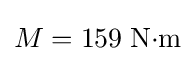
M=159\;{\text{N}}{\cdot }{\text{m}}